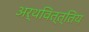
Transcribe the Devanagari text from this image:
अर्थवित्त्तिय